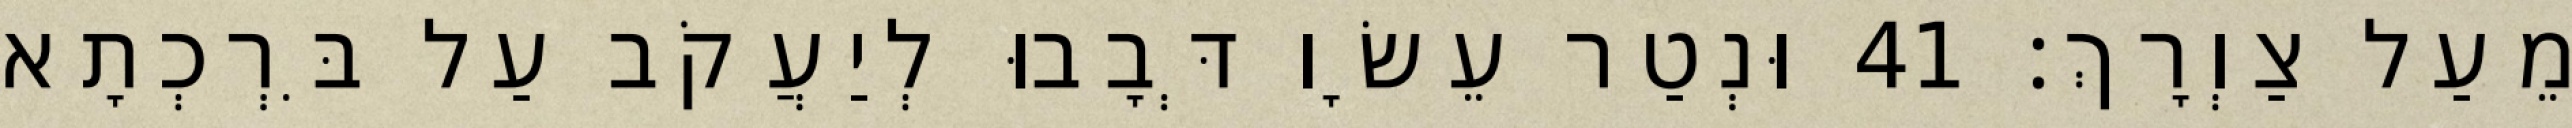
מֵעַל צַוְרָךְ׃ 41 וּנְטַר עֵשָׂו דְּבָבוּ לְיַעֲקֹב עַל בִּרְכְתָא